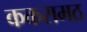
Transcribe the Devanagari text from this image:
ककरामठ